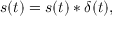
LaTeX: s ( t ) = s ( t ) * \delta ( t ) ,